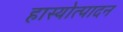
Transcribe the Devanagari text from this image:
हास्योत्पादन